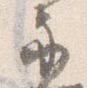
示